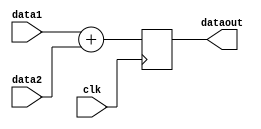
module adder(   input clk,
                input [7:0] data1,
                input [7:0] data2,
                output reg [7:0] dataout);
        
always @(posedge clk ) begin
        dataout = data1 + data2;
end
endmodule